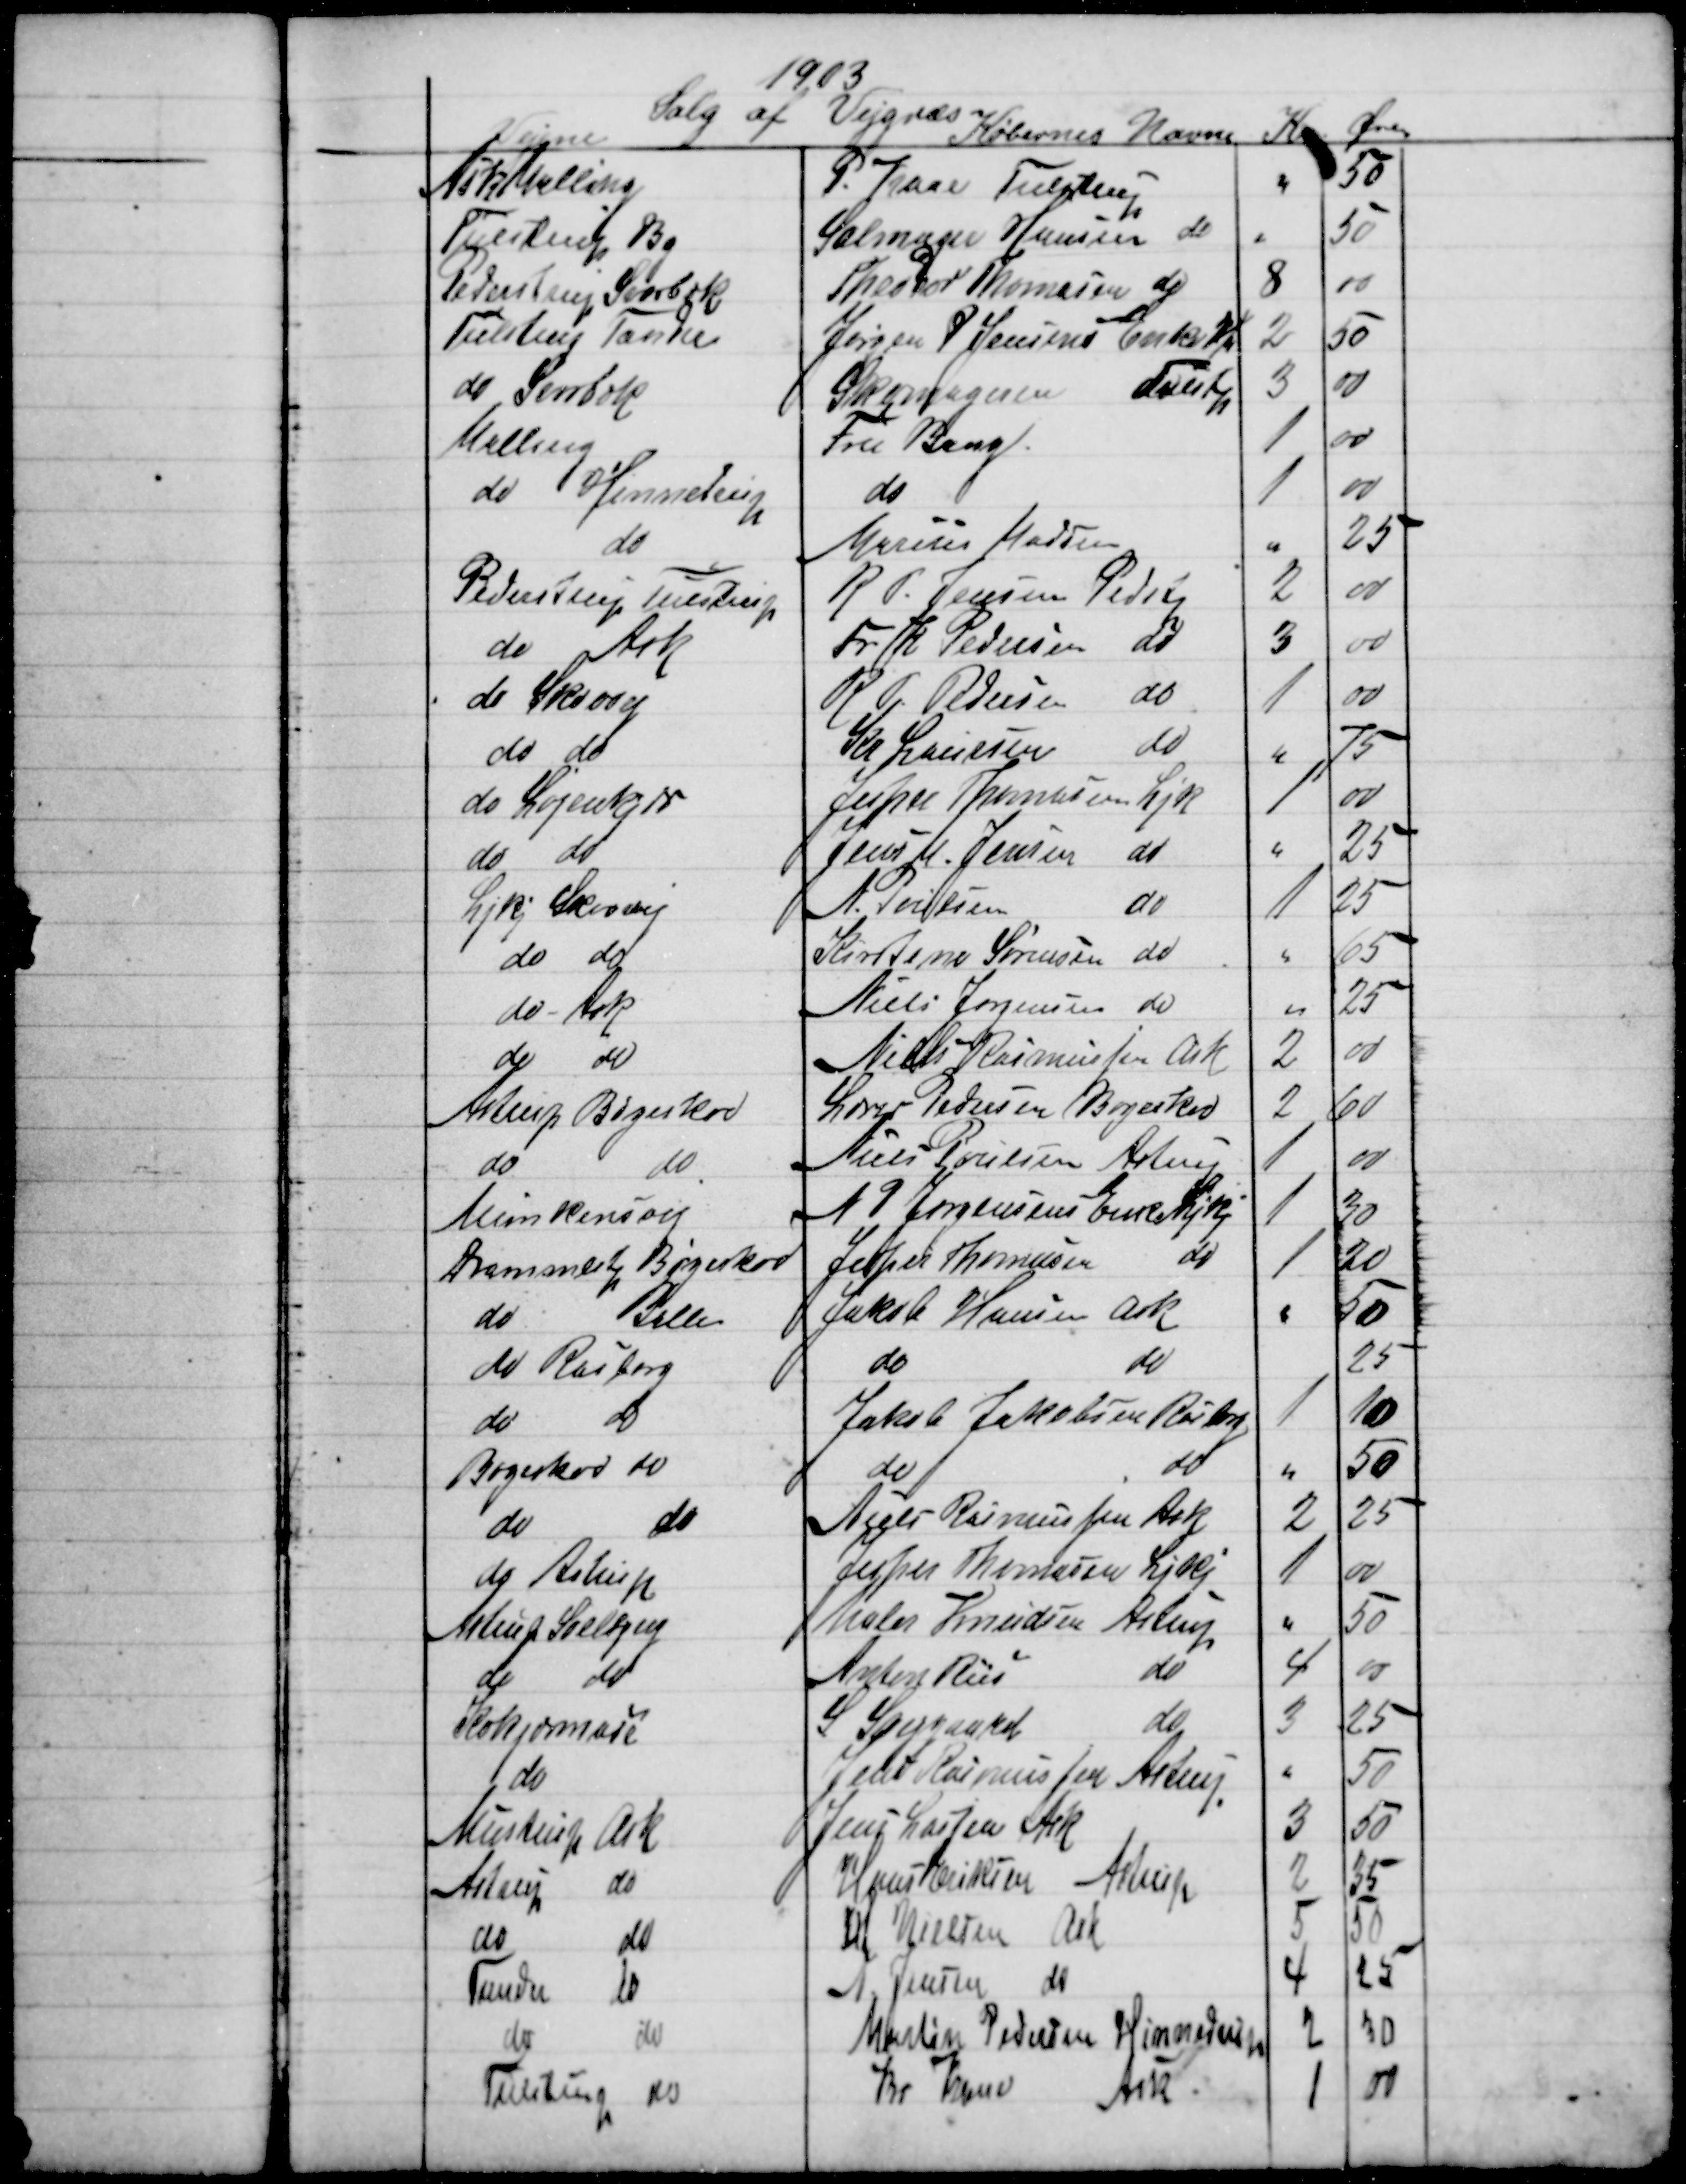
Transskription:
1903
Salg af Vejgræs
Vejene
Købernes Navne 
Kr
Øre
Ask Malling
P. Kaae Tulstrup
50
Tulstrup By
Salmager Hansen do
50
Pederstrup Svorbæk
Theodor Thomasen do
8
00
Tulstrup Tander
Jørgen P. Jensens Enke 
2
50
do Svorbæk
Skomageren 
Tvenstp
3
00
Malling
Fru Bang.
1
00
do 
Hinnedrup
do
1
00
do
Marius Madsen
25
Pederstrup Tulstrup
R. P. Jensen Pedstp
2
00
do Ask
Fr. R. Pedersen do
3
00
do Skovvej
R. P. Pedersen
do
1
00
do do
Kr Laursen
do
75
do Løjenkjær
Jesper Thomasen Ljk
1
00
do 
do
Jens M. Jensen do
25
Ljkj Skovvej
N. Poulsen
do
1
25
do do
Kirstine Sørensen
do
65
do - Ask
Niels Jørgensen do
25
do do
Niels Rasmussen Ask
2
00
Astrup Bøgeskov
Lærer Pedersen Bøgeskov
2
60
do
do
Niels Poulsen Astrup
1
00
Munkensvej
N P Jørgensens Enke Ljkj
1
30
Drammlstp Bøgeskov
Jesper Thomasen
do
1
20
do
Balle
Jakob Hansen Ask
50
do Rasborg
do
do
25
do
do
Jakob Jakobsen Rasborg
1
10
Bøgeskov do
do
do
50
do
do
Niels Rasmussen Ask
2
25
do Astrup
Jesper Thomasen Ljkj
1
00
Astrup Soelbjerg
Maler Knudsen Astrup
50
do
do
Anton Riis
do
4
00
Kokjærmose
S Svejgaard
do
3
25
do
Jens Rasmussen Astrup
50
Mustrup Ask
Jens Lassen Ask
3
50
Astrup do
Hans Eriksen Astrup
2
35
do
do
M. Nielsen Ask
5
50
Tander
do
N. Jensen do
4
25
do
do
Martin Pedersen Hinnedrup
2
30
Tulstrup do
Kr Kaae 
Ask
1
00